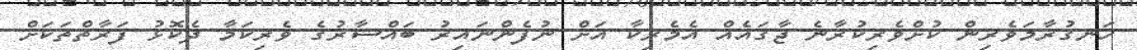
ހަނގުރާމަވެރިން ކުށްވެރިކުރާނެ ޖާގައެއް އެމެރިކާ އަށް ނުފެންނައިރު ބައްޝާރުގެ ވެރިކަމާ ދެކޮޅު ފަރާތްތަކަށް